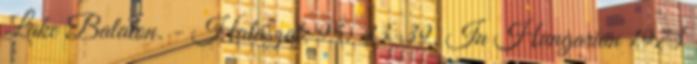
Lake Balaton. - Halászat. 95: 33-39. In Hungarian 1973